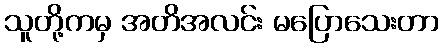
သူတို့ကမှ အတိအလင်း မပြောသေးတာ